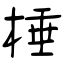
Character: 棰